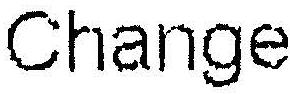
CHANGE